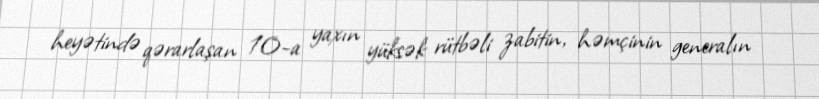
heyətində qərarlaşan 10-a yaxın yüksək rütbəli zabitin, həmçinin generalın